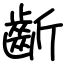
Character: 齗